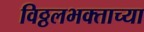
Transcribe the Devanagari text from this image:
विठ्ठलभक्ताच्या